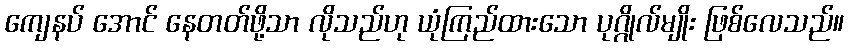
ကျေနပ် အောင် နေတတ်ဖို့သာ လိုသည်ဟု ယုံကြည်ထားသော ပုဂ္ဂိုလ်မျိုး ဖြစ်လေသည်။